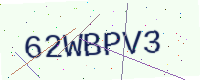
Text: 62WBPV3